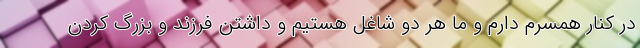
در کنار همسرم دارم و ما هر دو شاغل هستیم و داشتن فرزند و بزرگ کردن